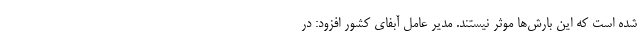
شده است که این بارش‌ها موثر نیستند. مدیر عامل آبفای کشور افزود: در